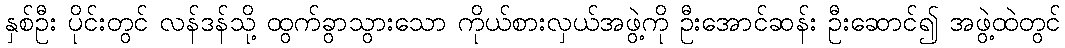
နှစ်ဦး ပိုင်းတွင် လန်ဒန်သို့ ထွက်ခွာသွားသော ကိုယ်စားလှယ်အဖွဲ့ကို ဦးအောင်ဆန်း ဦးဆောင်၍ အဖွဲ့ထဲတွင်